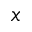
x